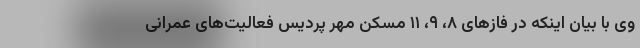
وی با بیان اینکه در فازهای ۸، ۹، ۱۱ مسکن مهر پردیس فعالیت‌های عمرانی